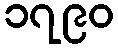
၁၇၉၀